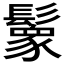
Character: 𩯙